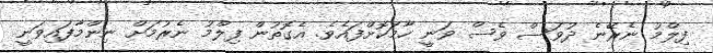
ފިލްމު ނެރޭނެ ދުވަސް ވެސް ވަނީ ހާމަކޮށްފައެވެ. އެގޮތުން ފިލްމު ނެރުމަށް ނިންމާފައިވަނީ